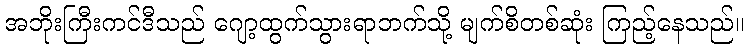
အဘိုးကြီးကင်ဒီသည် ဂျော့ထွက်သွားရာဘက်သို့ မျက်စိတစ်ဆုံး ကြည့်နေသည်။